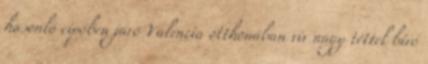
hasonló cipőben járó Valencia otthonában vív nagy téttel bíró